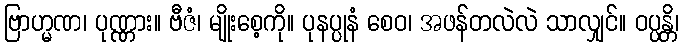
ဗြာဟ္မဏ၊ ပုဏ္ဏား။ ဗီဇံ၊ မျိုးစေ့ကို။ ပုနပ္ပုနံ စေဝ၊ အဖန်တလဲလဲ သာလျှင်။ ဝပ္ပန္တိ၊